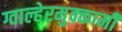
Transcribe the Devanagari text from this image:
ग्वाल्हेरमुक्कामी